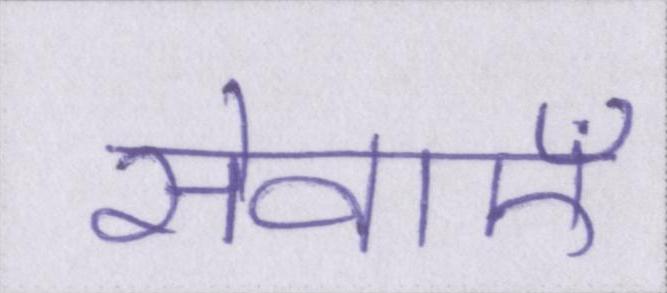
सेवाऍं